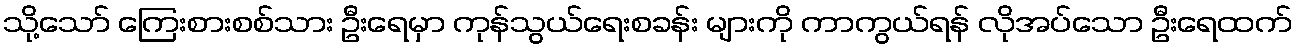
သို့သော် ကြေးစားစစ်သား ဦးရေမှာ ကုန်သွယ်ရေးစခန်း များကို ကာကွယ်ရန် လိုအပ်သော ဦးရေထက်